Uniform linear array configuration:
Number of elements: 48
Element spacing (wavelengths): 0.75
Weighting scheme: hann
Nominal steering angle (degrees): -15
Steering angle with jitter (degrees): -14.495
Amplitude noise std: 0.05
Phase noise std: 0.05

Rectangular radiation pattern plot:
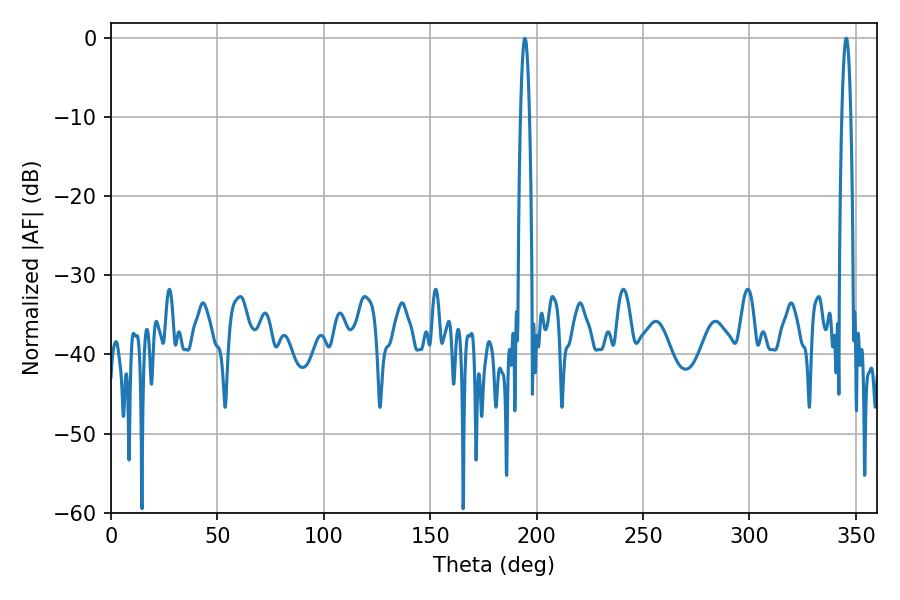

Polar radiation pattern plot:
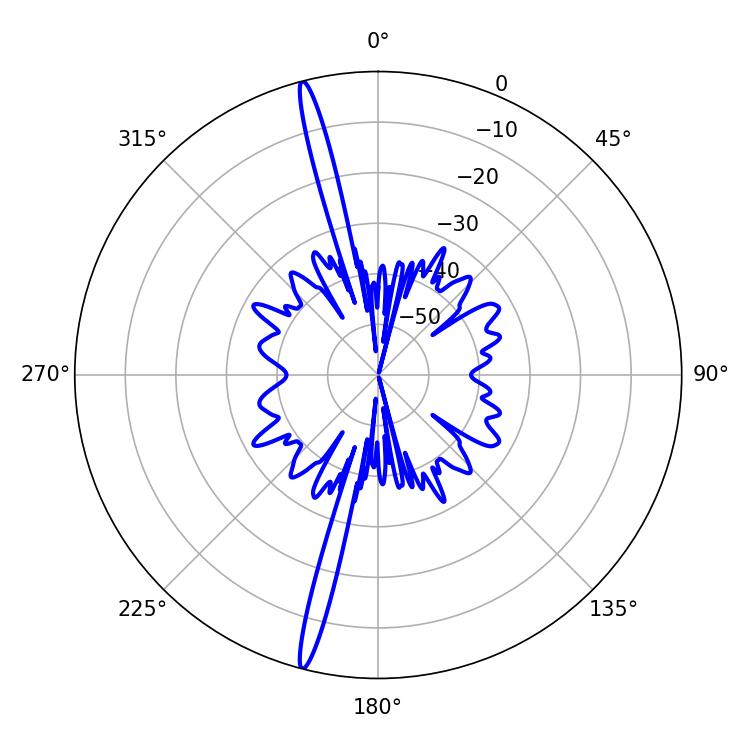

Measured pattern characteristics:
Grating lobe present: TRUE
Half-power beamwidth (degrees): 2.34
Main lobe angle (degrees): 345.42